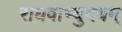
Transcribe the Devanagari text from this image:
राघवाभ्युदयम्